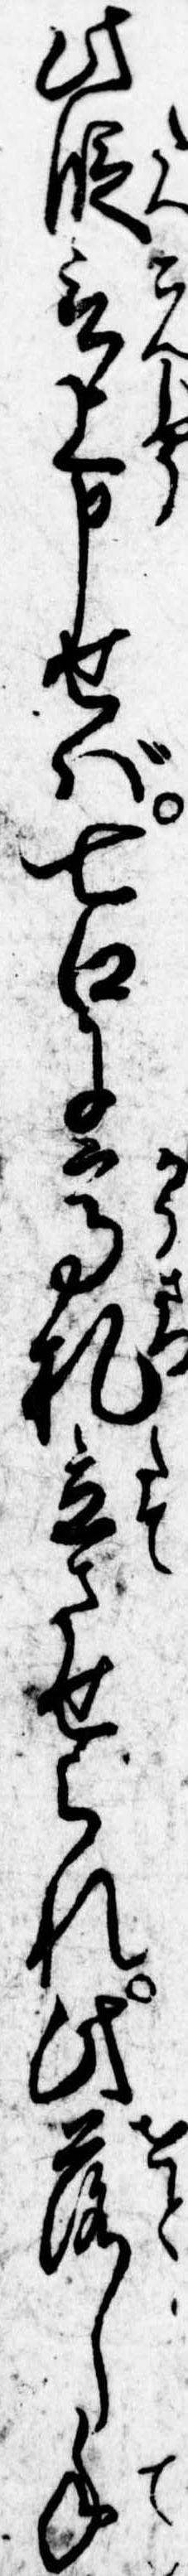
此段言上申せば七口に高札立させられ此落し手